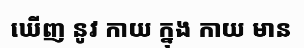
ឃើញ នូវ កាយ ក្នុង កាយ មាន